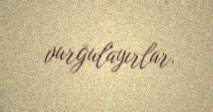
vurğulayırlar.